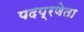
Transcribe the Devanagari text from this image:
पदप्रणेता